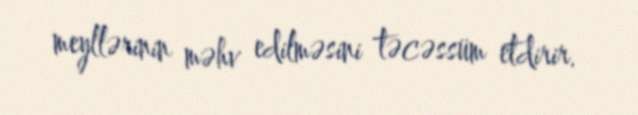
meyllərinin məhv edilməsini təcəssüm etdirir.